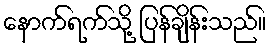
နောက်ရက်သို့ ပြန်ချိန်းသည်။